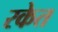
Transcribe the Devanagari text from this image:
रकेत